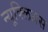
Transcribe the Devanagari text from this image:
न्यूक्लिअस